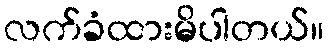
လက်ခံထားမိပါတယ်။